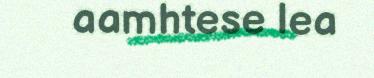
aamhtese lea